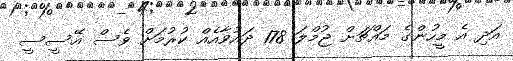
އަދި އެ މީހުންގެ މައްޗަށް ޖުމްލަ 178 ދަައުވާއެއް ކުރުމަށް ވެސް އޭސީސީ